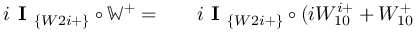
\begin{array} { r l r } { i \textbf { I } _ { \{ W 2 i + \} } \circ \mathbb { W } ^ { + } = } & { { } } & { i \textbf { I } _ { \{ W 2 i + \} } \circ ( i W _ { 1 0 } ^ { i + } + W _ { 1 0 } ^ { + } } \end{array}